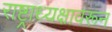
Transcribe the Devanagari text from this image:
राष्ट्राध्यक्षावरून